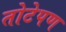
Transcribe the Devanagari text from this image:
तोटेपण